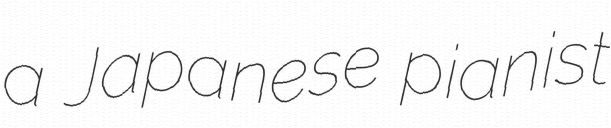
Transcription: a Japanese pianist